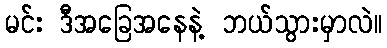
မင်း ဒီအခြေအနေနဲ့ ဘယ်သွားမှာလဲ။